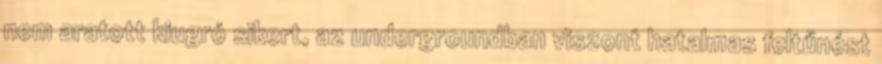
nem aratott kiugró sikert, az undergroundban viszont hatalmas feltűnést